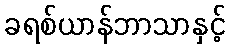
ခရစ်ယာန်ဘာသာနှင့်